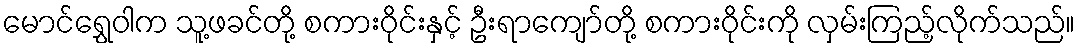
မောင်ရွှေဝါက သူ့ဖခင်တို့ စကားဝိုင်းနှင့် ဦးရာကျော်တို့ စကားဝိုင်းကို လှမ်းကြည့်လိုက်သည်။